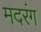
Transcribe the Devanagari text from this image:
मदरंग